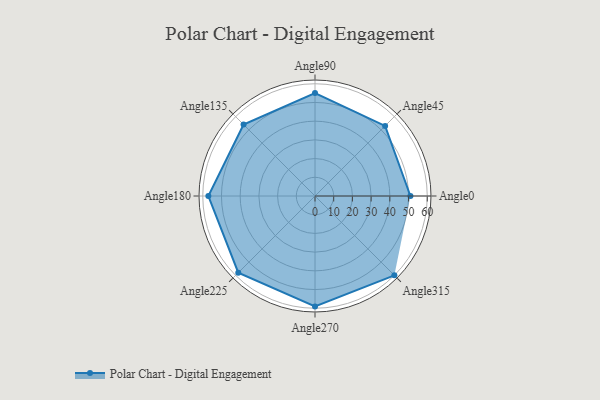
{"axis": {"x": "Angle", "y": "Radius"}, "legend": [""], "data": [{"x": "Angle0", "y": 51.0, "type": ""}, {"x": "Angle45", "y": 53.0, "type": ""}, {"x": "Angle90", "y": 55.0, "type": ""}, {"x": "Angle135", "y": 54.0, "type": ""}, {"x": "Angle180", "y": 57.0, "type": ""}, {"x": "Angle225", "y": 58.0, "type": ""}, {"x": "Angle270", "y": 59.0, "type": ""}, {"x": "Angle315", "y": 60.0, "type": ""}]}